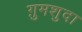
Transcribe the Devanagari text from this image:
ग़ुमशुदा